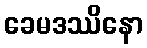
ခေမဒဿိနော